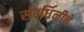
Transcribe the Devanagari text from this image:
संवर्धिनीचे